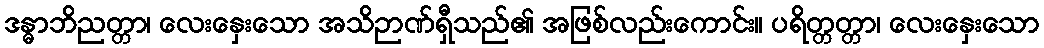
ဒန္ဓာဘိညတ္တာ၊ လေးနှေးသော အသိဉာဏ်ရှီသည်၏ အဖြစ်လည်းကောင်း။ ပရိတ္တတ္တာ၊ လေးနှေးသော